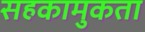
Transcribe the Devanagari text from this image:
सहकामुकता